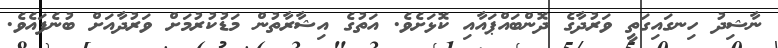
ނާޝިދު ހިނގައިގަތީ ވަރުދާގެ ދޮންބައްޕައާއި ކޮޅަށެވެ. އަތުގެ އިޝާރާތުން މަޑުކުރުމަށް ވަރުދާއަށް ބުނެފައެވެ.